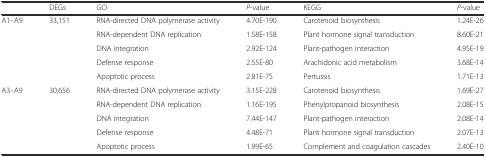
<table><thead><tr><td></td><td><b>DEGs</b></td><td><b>GO</b></td><td><b><i>P</i>-value</b></td><td><b>KEGG</b></td><td><b><i>P</i>-value</b></td></tr></thead><tbody><tr><td rowspan="5">A1–A9</td><td rowspan="5">33,151</td><td>RNA-directed DNA polymerase activity</td><td>4.70E-190</td><td>Carotenoid biosynthesis</td><td>1.24E-26</td></tr><tr><td>RNA-dependent DNA replication</td><td>1.58E-158</td><td>Plant hormone signal transduction</td><td>8.60E-21</td></tr><tr><td>DNA integration</td><td>2.92E-124</td><td>Plant-pathogen interaction</td><td>4.95E-19</td></tr><tr><td>Defense response</td><td>2.55E-80</td><td>Arachidonic acid metabolism</td><td>3.68E-14</td></tr><tr><td>Apoptotic process</td><td>2.81E-75</td><td>Pertussis</td><td>1.71E-13</td></tr><tr><td rowspan="5">A3–A9</td><td rowspan="5">30,656</td><td>RNA-directed DNA polymerase activity</td><td>3.15E-228</td><td>Carotenoid biosynthesis</td><td>1.69E-27</td></tr><tr><td>RNA-dependent DNA replication</td><td>1.16E-195</td><td>Phenylpropanoid biosynthesis</td><td>2.08E-15</td></tr><tr><td>DNA integration</td><td>7.44E-147</td><td>Plant-pathogen interaction</td><td>2.08E-14</td></tr><tr><td>Defense response</td><td>4.48E-71</td><td>Plant hormone signal transduction</td><td>2.07E-13</td></tr><tr><td>Apoptotic process</td><td>1.99E-65</td><td>Complement and coagulation cascades</td><td>2.40E-10</td></tr></tbody></table>